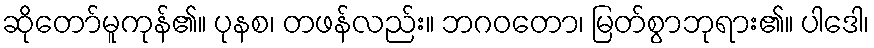
ဆိုတော်မူကုန်၏။ ပုနစ၊ တဖန်လည်း။ ဘဂဝတော၊ မြတ်စွာဘုရား၏။ ပါဒေါ၊